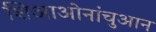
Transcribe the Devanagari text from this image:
शिआओनांचुआन